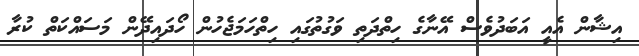
އިޝާން އެއީ އަބަދުވެސް އޭނާގެ ހިތްދަތި ވަގުތުގައި ހިތްހަމަޖެހުން ހޯދައިދޭން މަސައްކަތް ކުރާ